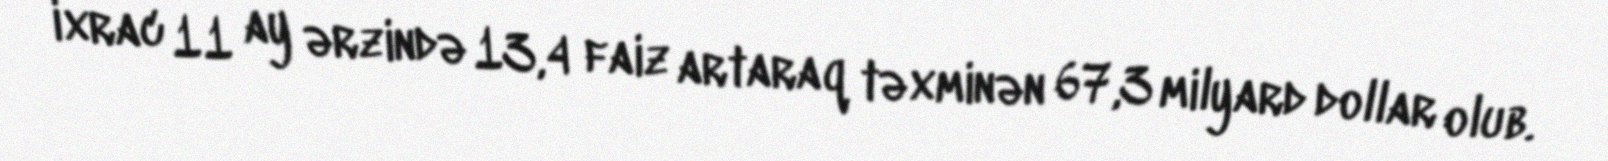
ixrac 11 ay ərzində 13,4 faiz artaraq təxminən 67,3 milyard dollar olub.